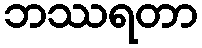
ဘဿရတာ